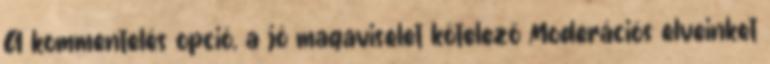
A kommentelés opció, a jó magaviselet kötelező Moderációs elveinket